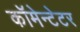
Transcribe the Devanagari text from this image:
कॉमेन्टेटर